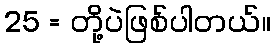
25 = တို့ပဲဖြစ်ပါတယ်။